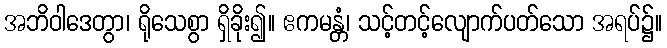
အဘိဝါဒေတွာ၊ ရိုသေစွာ ရှိခိုး၍။ ဧကမန္တံ၊ သင့်တင့်လျောက်ပတ်သော အရပ်၌။